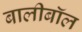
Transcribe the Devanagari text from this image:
बालीबॉल